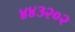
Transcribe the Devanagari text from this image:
४४३२०२